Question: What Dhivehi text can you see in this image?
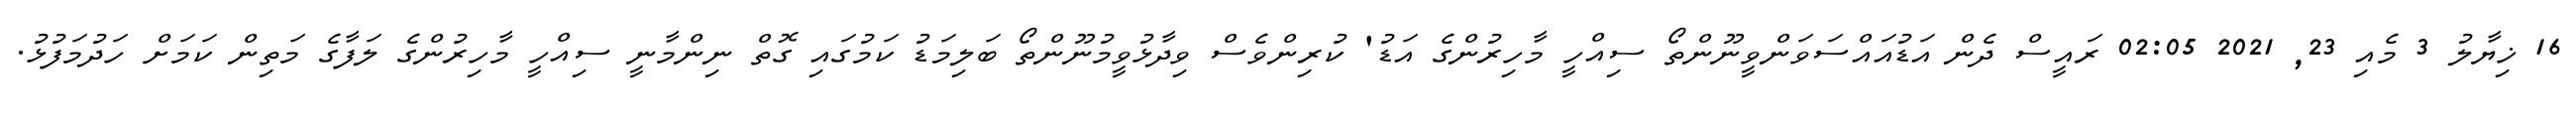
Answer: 16 ޚިޔާލު 3 މެއި 23, 2021 02:05 ރައީސް ދެން އަޑުއައްސަވަންވީނޫންތޯ ސިއްހީ މާހިރުންގެ އަޑު' ކުރިންވެސް ވިދާޅުވީމުނޫންތޯ ބަލިމަޑު ކަމުގައި ގޮތް ނިންމާނީ ސިއްހީ މާހިރުންގެ ލަފާގެ މަތިން ކަމަށް ހަދުމަފުޅު.